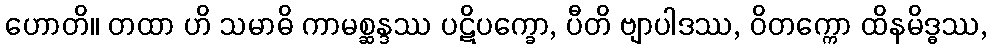
ဟောတိ။ တထာ ဟိ သမာဓိ ကာမစ္ဆန္ဒဿ ပဋိပက္ခော, ပီတိ ဗျာပါဒဿ, ဝိတက္ကော ထိနမိဒ္ဓဿ,